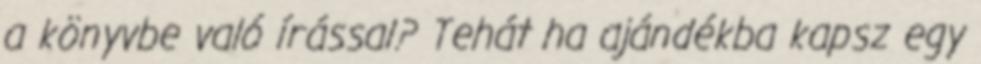
a könyvbe való írással? Tehát ha ajándékba kapsz egy